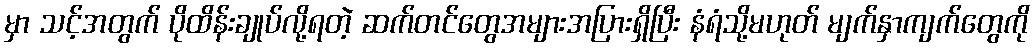
မှာ သင့်အတွက် ပိုထိန်းချုပ်လို့ရတဲ့ ဆက်တင်တွေအများအပြားရှိပြီး နံရံသို့မဟုတ် မျက်နှာကျက်တွေကို